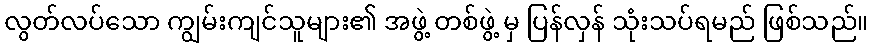
လွတ်လပ်သော ကျွမ်းကျင်သူများ၏ အဖွဲ့ တစ်ဖွဲ့ မှ ပြန်လှန် သုံးသပ်ရမည် ဖြစ်သည်။